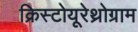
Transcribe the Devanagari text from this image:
क्रिस्टोयूरेथ्रोग्राम